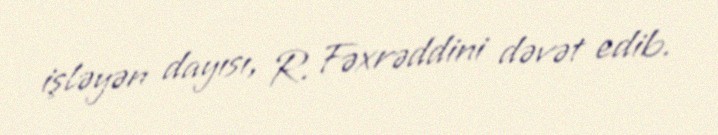
işləyən dayısı, R. Fəxrəddini dəvət edib.